Madras plague regulations and rules - Volume 2
Disease focus: Plague
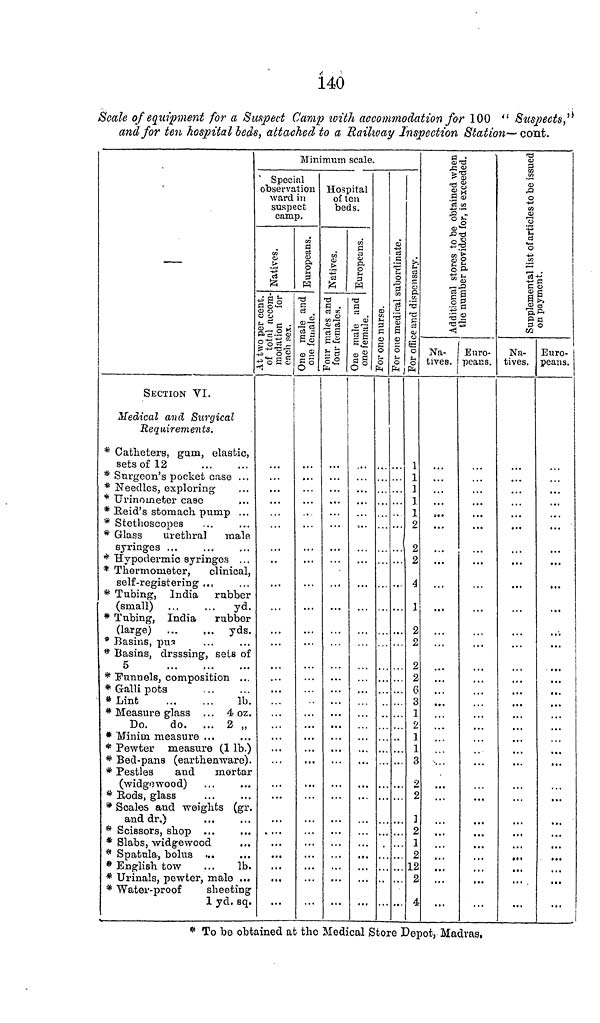
140
Scale of equipment for a Suspect Camp with accommodation for 100 " Suspects,"
and for ten hospital beds, attached to a Railway Inspection Station— cont.
—
SECTION VI.
Medical and Surgical
Requirements.
* Catheters, gum, elastic,
sets of 12
* Surgeon's pocket case ...
* Needles, exploring
* Urinometer case
* Reid's stomach pump ...
* Stethoscopes
* Glass
urethral
male
syringes
* Hypodermic syringes . . .
* Thermometer,
clinical,
self-registering ...
* Tubing, India
rubber
(small) ...
...
yd.
* Tubing, India
rubber
(large) ...
... yds.
* Basins, pus
* Basins, drsssing, sets of
5
* Funnels, composition ...
* Gallipots
*Lint
lb.
* Measure glass ... 4 oz.
Do.
do. ... 2 „
* Minim measure ...
* Pewter measure (1 lb.)
* Bed-pans (earthenware).
* Pestles
and
mortar
(widgewood)
* Rods, glass
* Scales and weights (gr.
and dr.)
* Scissors, shop ...
* Slabs, widgewood
* Spatula, bolus ...
* English tow
...
lb.
* Urinals, pewter, male ...
* Water-proof
sheeting
1 yd. sq.
Minimum scale.
Special
observation
ward in
suspect
camp.
Natives.
At two per cent.
of total accom-
modation for
each sex.
Europeans.
One male and
one female.
Hospital
of ten
beds.
Natives.
Four males and
four females..
Europeans.
One male and
one females.
For one nurse.
For one medical subordinate.
For office and dispensary.
1
1
1
1
1
2
4
1
2
2
2
c
3
•
2
'
1
2
'
12
Additional stores to obtained whe
Na-
tives.
..
the number provided for, is exceeded.
Euro-
peans.
Suppl
Na-
tives.
on payment.
Euro-
peans.
...
* To be obtained at the Medical Store Depot, Madras.